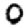
Digit: 0